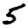
Digit: 5